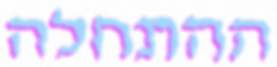
ההתחלה